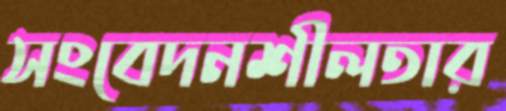
সংবেদনশীলতার